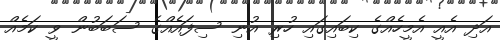
އަދި އެއީ އެމީހެއްގެ ކިބައިގައި ހުރި އުނި ސިފައެއްގެ ސަބަބުން ވީ ކަމެއް